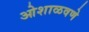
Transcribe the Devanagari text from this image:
ओशाळवणे